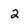
Character: 2